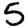
Digit: 5